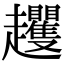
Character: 𧾵